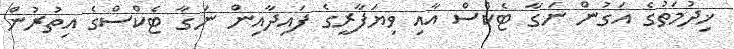
ޚިދުމަތުގެ އަގުން ނަގާ ޓެކްސް އާއި ވިޔަފާރީގެ ފައިދާއިން ނަގާ ޓެކްސްގެ އިތުރުން